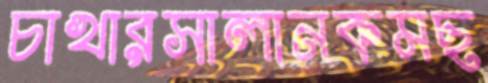
চাখারসালানকমছ